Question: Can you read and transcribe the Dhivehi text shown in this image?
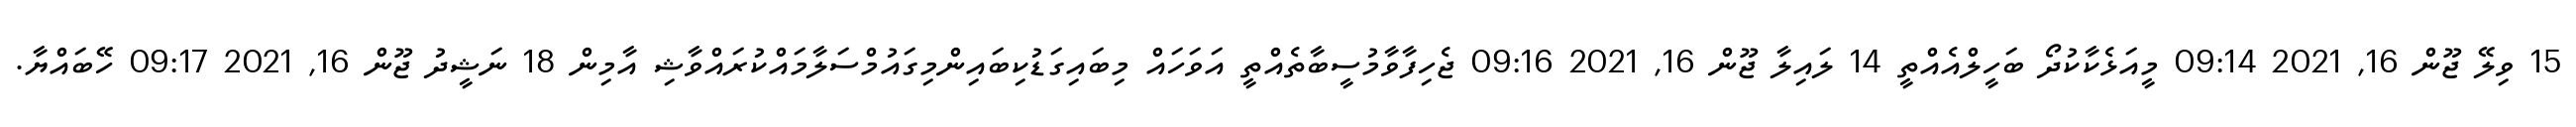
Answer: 15 ވިލޭ ޖޫން 16, 2021 09:14 މީއަޅެކާކުދޯ ބަހީލްއެއްތީ 14 ލައިލާ ޖޫން 16, 2021 09:16 ޖެހިފާވާމުސީބާތެއްތީ އަވަހައް މިބައިގަޑުކިބައިންމިގައުމްސަލާމައްކުރައްވާޝި އާމިން 18 ނަޝީދު ޖޫން 16, 2021 09:17 ހޭބައްޔާ.